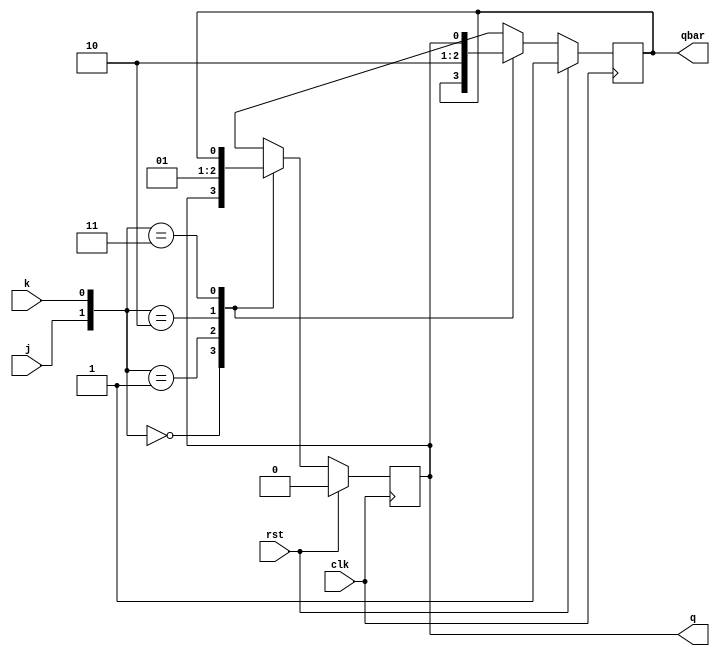
`timescale 1ns / 1ps
//////////////////////////////////////////////////////////////////////////////////
// Company: 
// Engineer: 
// 
// Design Name: 
// Module Name: jk_ff
// Project Name: 
// Target Devices: 
// Tool Versions: 
// Description: 
// 
// Dependencies: 
// 
// Revision:
// Revision 0.01 - File Created
// Additional Comments:
// 
//////////////////////////////////////////////////////////////////////////////////


module jk_ff(clk,rst,j,k,q,qbar );
input clk,rst,j,k;
output reg q,qbar;
always@(posedge clk)
if(rst)
begin
q<=0;qbar<=1;
end

else
begin
case({j,k})
2'b00:{q,qbar}<={q,qbar};
2'b01:{q,qbar}<={1'b0,1'b1};
2'b10:{q,qbar}<={1'b1,1'b0};
2'b11:{q,qbar}<={qbar,q};

endcase

end


endmodule